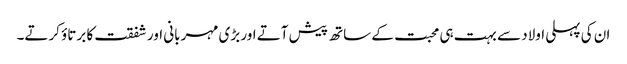
ان کی پہلی اولاد سے بہت ہی محبت کے ساتھ پیش آتے اور بڑی مہربانی اور شفقت کا برتاؤ کرتے۔